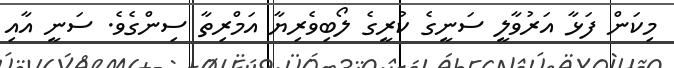
މިކަން ފަޅާ އަރުވާލީ ސަނީގެ ކުރީގެ ލޯބިވެރިޔާ އަމްރިތާ ސިންގެވެ. ސަނީ އާއި